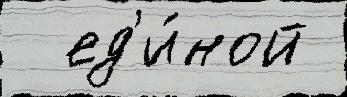
  ед'и́ной